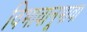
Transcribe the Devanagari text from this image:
विभावानूभावा